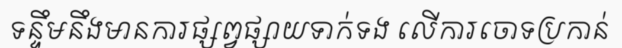
ទន្ទឹមនឹងមានការផ្សព្វផ្សាយទាក់ទង លើការចោទប្រកាន់